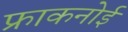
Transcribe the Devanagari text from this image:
फ्राकनोई